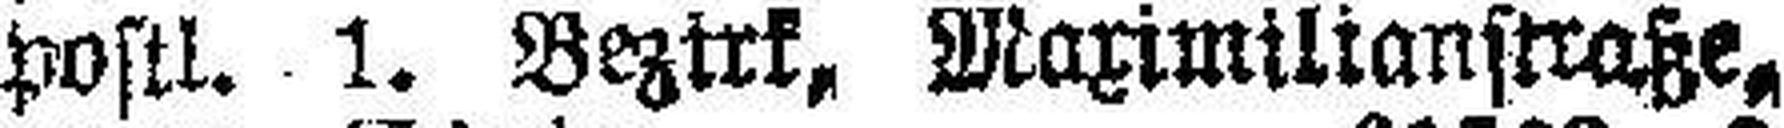
postl. 1. Bezirk, Maximilianstraße,